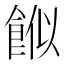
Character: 𩛮